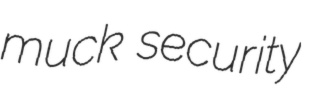
muck security